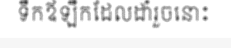
ទឹកឪឡឹកដែលដាំរួចនោះ